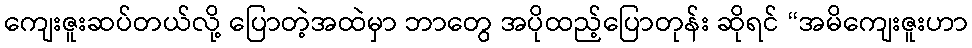
ကျေးဇူးဆပ်တယ်လို့ ပြောတဲ့အထဲမှာ ဘာတွေ အပိုထည့်ပြောတုန်း ဆိုရင် “အမိကျေးဇူးဟာ